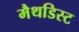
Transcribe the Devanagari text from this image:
मैथडिस्ट